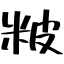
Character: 𥹖